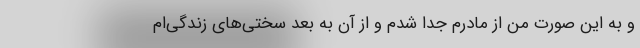
و به این صورت من از مادرم جدا شدم و از آن به بعد سختی‌های زندگی‌ام